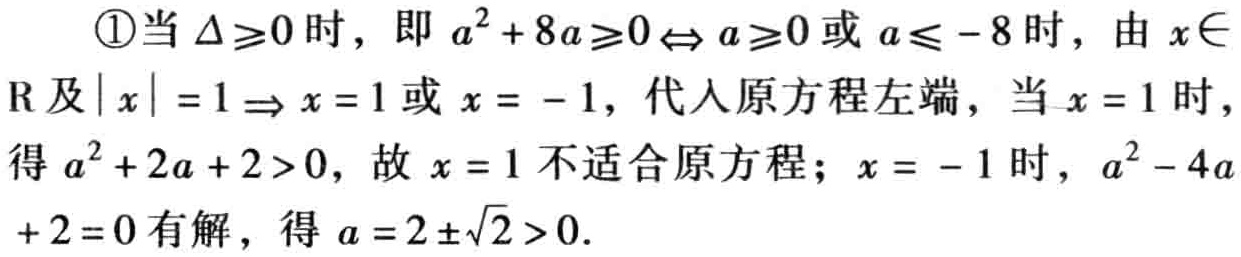
\textcircled{1}当\(\Delta\geq0\)时，即\(a^{2}+8a\geq0\Leftrightarrow a\geq0\)或\(a\leq - 8\)时，由\(x\in\mathrm{R}\)及\(\vert x\vert = 1\Rightarrow x = 1\)或\(x = - 1\)，代入原方程左端，当\(x = 1\)时，得\(a^{2}+2a + 2>0\)，故\(x = 1\)不适合原方程；\(x = - 1\)时，\(a^{2}-4a + 2 = 0\)有解，得\(a = 2\pm\sqrt{2}>0\)。